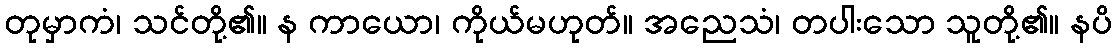
တုမှာကံ၊ သင်တို့၏။ န ကာယော၊ ကိုယ်မဟုတ်။ အညေသံ၊ တပါးသော သူတို့၏။ နပိ